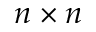
n \times n